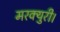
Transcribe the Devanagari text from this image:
मरक्युरी।